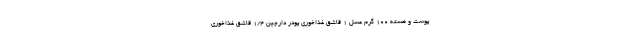
پوست و هسته 100 گرم عسل 1 قاشق غذاخوری پودر دارچین 1/4 قاشق غذاخوری